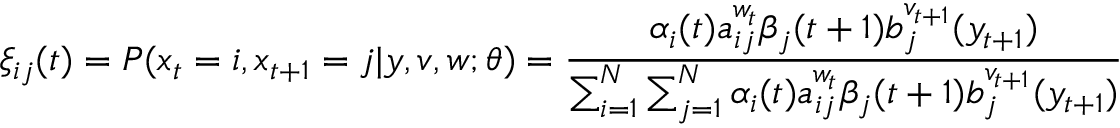
\xi _ { i j } ( t ) = P ( x _ { t } = i , x _ { t + 1 } = j | y , v , w ; \theta ) = { \frac { \alpha _ { i } ( t ) a _ { i j } ^ { w _ { t } } \beta _ { j } ( t + 1 ) b _ { j } ^ { v _ { t + 1 } } ( y _ { t + 1 } ) } { \sum _ { i = 1 } ^ { N } \sum _ { j = 1 } ^ { N } \alpha _ { i } ( t ) a _ { i j } ^ { w _ { t } } \beta _ { j } ( t + 1 ) b _ { j } ^ { v _ { t + 1 } } ( y _ { t + 1 } ) } }